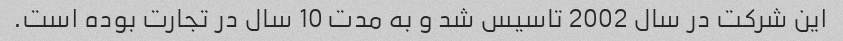
این شرکت در سال 2002 تاسیس شد و به مدت 10 سال در تجارت بوده است.